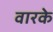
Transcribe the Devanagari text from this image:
वारके